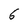
Character: 6